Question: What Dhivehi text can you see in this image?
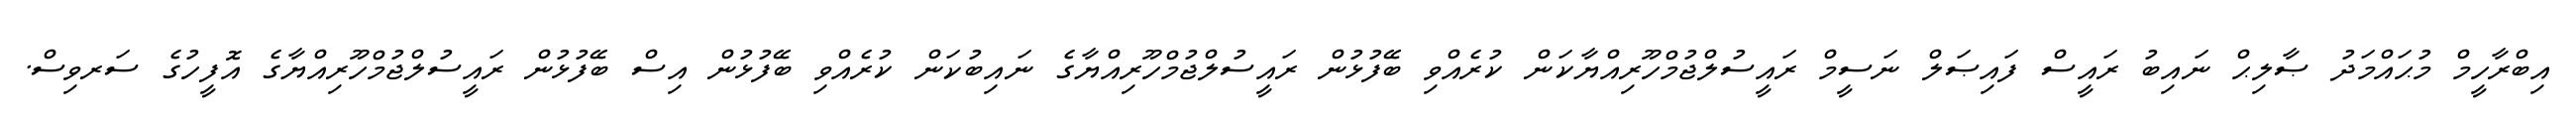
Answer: އިބްރާހީމް މުޙައްމަދު ޞާލިޙް ނައިބު ރައީސް ފައިޞަލް ނަސީމް ރައީސުލްޖުމްހޫރިއްޔާކަން ކުރެއްވި ބޭފުޅުން ރައީސުލްޖުމްހޫރިއްޔާގެ ނައިބުކަން ކުރެއްވި ބޭފުޅުން އިސް ބޭފުޅުން ރައީސުލްޖުމްހޫރިއްޔާގެ އޮފީހުގެ ސަރވިސް.